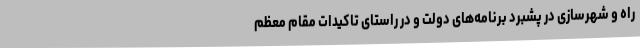
راه و شهرسازی در پشبرد برنامه‌های دولت و در راستای تاکیدات مقام معظم